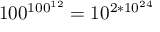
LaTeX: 1 0 0 ^ { 1 0 0 ^ { 1 2 } } = 1 0 ^ { 2 * 1 0 ^ { 2 4 } }